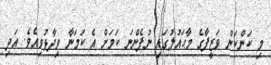
މި ކަންކަން ވަޒީފާގެ މާޙައުލުގައި ނުފެންނަ ކަމަށް އެ ކަމަނާ ވިދާޅުވިއެވެ. އަދި